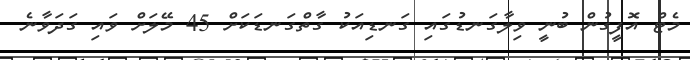
މެޓް އޮފީގުން ބުނީ ވިލާގަނޑުގައި ގަނޑިއަކު ގާތްގަނޑަކަށް 45 މޭލަށް ވައި ގަދަވާނެ